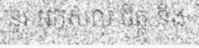
នូវ អកុសល ចិត្ត និង